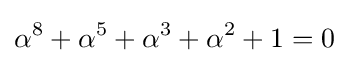
\alpha ^{8}+\alpha ^{5}+\alpha ^{3}+\alpha ^{2}+1=0